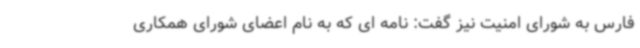
فارس به شورای امنیت نیز گفت: نامه ای که به نام اعضای شورای همکاری